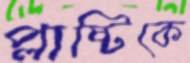
প্লাষ্টিকে